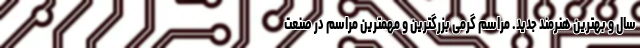
سال و بهترین هنرمند جدید. مراسم گرمی بزرگترین و مهمترین مراسم در صنعت